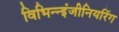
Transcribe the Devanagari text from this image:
विभिन्‍न्‍इंजीनियरिंग